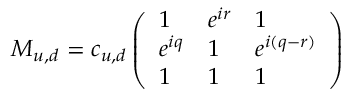
M _ { u , d } = c _ { u , d } \left( \begin{array} { l l l } { { 1 } } & { { e ^ { i r } } } & { { 1 } } \\ { { e ^ { i q } } } & { { 1 } } & { { e ^ { i ( q - r ) } } } \\ { { 1 } } & { { 1 } } & { { 1 } } \end{array} \right)